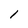
Character: l